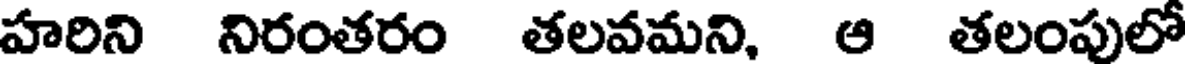
హరిని నిరంతరం తలవమని, ఆ తలంపులో